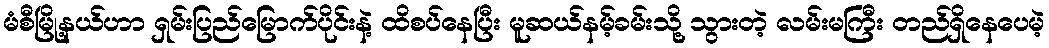
မံစီမြို့နယ်ဟာ ရှမ်းပြည်မြောက်ပိုင်းနဲ့ ထိစပ်နေပြီး မူဆယ်နမ့်ခမ်းသို့ သွားတဲ့ လမ်းမကြီး တည်ရှိနေပေမဲ့